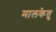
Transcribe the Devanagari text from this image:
मालकेतु